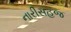
નારીસહજ